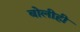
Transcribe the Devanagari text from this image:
बोलीही